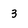
Character: 3